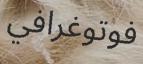
فوتوغرافي